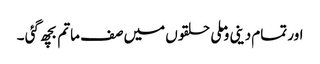
اور تمام دینی وملی حلقوں میں صف ماتم بچھ گئی ۔